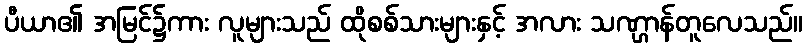
ပီယာ၏ အမြင်၌ကား လူများသည် ထိုစစ်သားများနှင့် အလား သဏ္ဌာန်တူလေသည်။